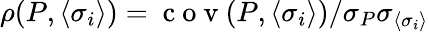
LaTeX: \rho(P,\langle\sigma_{i}\rangle)=\mathrm{~c~o~v~}(P,\langle\sigma_{i}\rangle)/{\sigma_{P}\sigma_{\langle\sigma_{i}\rangle}}